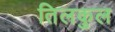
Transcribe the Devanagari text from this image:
तिलकुल